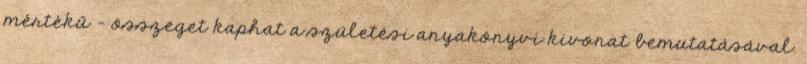
mértékű – összeget kaphat a születési anyakönyvi kivonat bemutatásával.